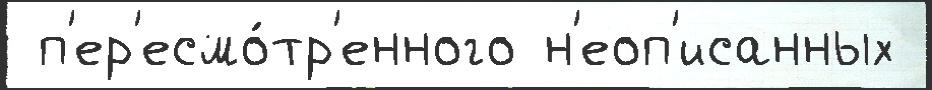
 п'ер'есмо́тр'енного н'еоп'исанных